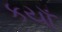
કયાઁ